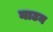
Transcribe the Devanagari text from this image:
नाटन